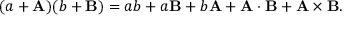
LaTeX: ( a + \mathbf { A } ) ( b + \mathbf { B } ) = a b + a \mathbf { B } + b \mathbf { A } + \mathbf { A } \cdot \mathbf { B } + \mathbf { A } \times \mathbf { B } .